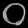
Digit: ၀